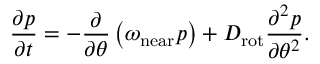
\frac { \partial p } { \partial t } = - \frac { \partial } { \partial \theta } \left( \omega _ { \mathrm { n e a r } } p \right) + D _ { \mathrm { r o t } } \frac { \partial ^ { 2 } p } { \partial \theta ^ { 2 } } .